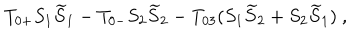
T _ { 0 + } S _ { 1 } { \widetilde S } _ { 1 } - T _ { 0 - } S _ { 2 } { \widetilde S } _ { 2 } - T _ { 0 3 } ( S _ { 1 } { \widetilde S } _ { 2 } + S _ { 2 } { \widetilde S } _ { 1 } ) \ ,